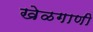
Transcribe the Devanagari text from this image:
खेळगाणी